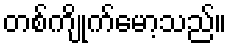
တစ်ကျိုက်မော့သည်။